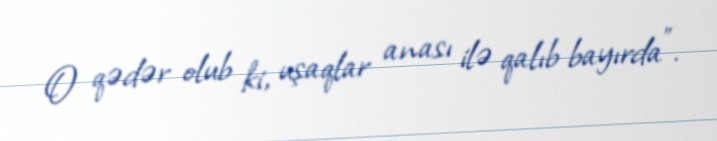
O qədər olub ki, uşaqlar anası ilə qalıb bayırda”.